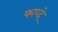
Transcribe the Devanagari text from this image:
फाय्दे